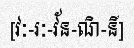
[វៈ-រៈ-វ័ន-ណិ-នី]